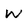
Character: W